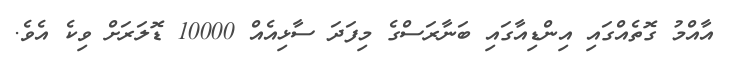
އާއްމު ގޮތެއްގައި އިންޑިއާގައި ބަނާރަސްގެ މިފަދަ ސާޅިއެއް 10000 ޑޮލަރަށް ވިކެ އެވެ.